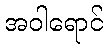
အဝါရောင်